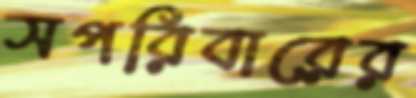
সপরিবারের